Civil Veterinary Department Bengal reports 1923-33 - 1923-1933
Year: 1923
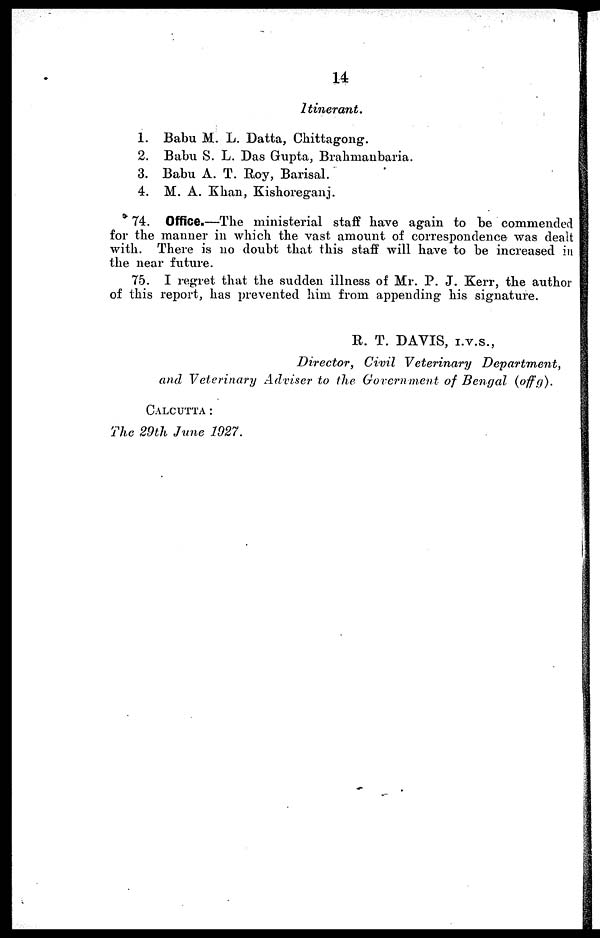
14
Itinerant.
1. Babu M. L. Datta, Chittagong.
2. Babu S. L. Das Gupta, Brahmanbaria.
3. Babu A. T. Roy, Barisal.
4. M. A. Khan, Kishoreganj.
74. Office.—The ministerial staff have again to be commended
for the manner in which the vast amount of correspondence was dealt
with. There is no doubt that this staff will have to be increased in
the near future.
75. I regret that the sudden illness of Mr. P. J. Kerr, the author
of this report, has prevented him from appending his signature.
R. T. DAVIS, I.V.S.,
Director, Civil Veterinary
Department,
and Veterinary Adviser to the Government of Bengal (of f g).
CALCUTTA :
The 29th June 1927.